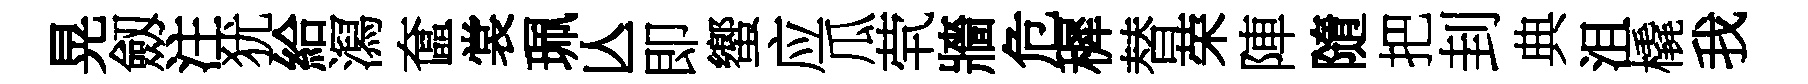
晃劔注犹給㵼奩裳珮亾即蠁应瓜茕牆危穉替荣陣隨把刲典沮橇我